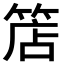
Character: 𥯎